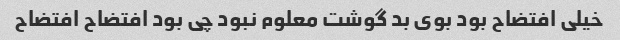
خیلی افتضاح بود بوی بد گوشت معلوم نبود چی بود افتضاح افتضاح